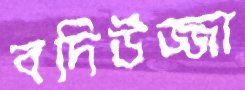
বদিউজ্জা